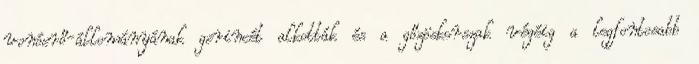
vonóerő-állományának gerincét alkották és a gőzöskorszak végéig a legfontosabb